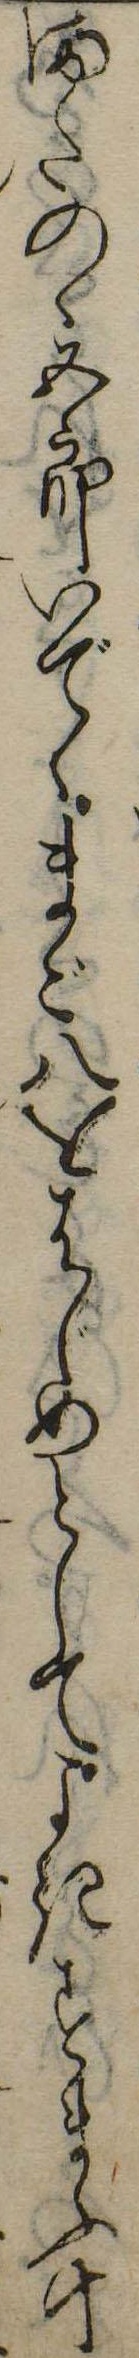
またのゝ五郎いでゝまご八をはじめとしてよきすまふ十